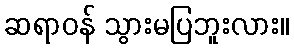
ဆရာဝန် သွားမပြဘူးလား။